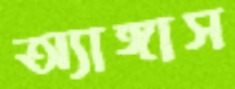
অ্যাঙ্গাস